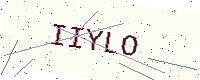
Text: IIYLO